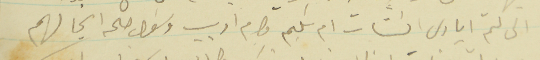
الى لثم ايادى السَتات ام سَليم وام اديب وسَوال صحة انجالهم